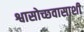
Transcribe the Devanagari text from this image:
श्वासोच्छवासाशी